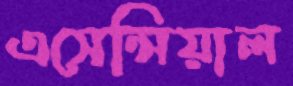
এসেন্সিয়াল